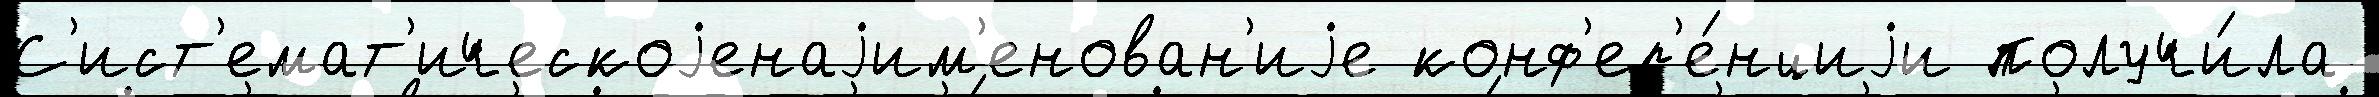
С'ист'емат'ическоjенаjим'енован'иjе конф'ер'е́нциjи получи́ла